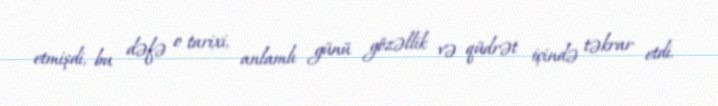
etmişdi, bu dəfə o tarixi, anlamlı günü gözəllik və qüdrət içində təkrar etdi.